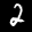
Label: 2